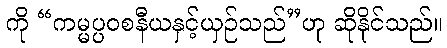
ကို “ကမ္မပ္ပဝစနီယနှင့်ယှဉ်သည်”ဟု ဆိုနိုင်သည်။